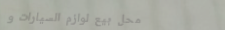
محل بيع لوازم السيارات و